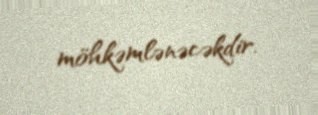
möhkəmlənəcəkdir.